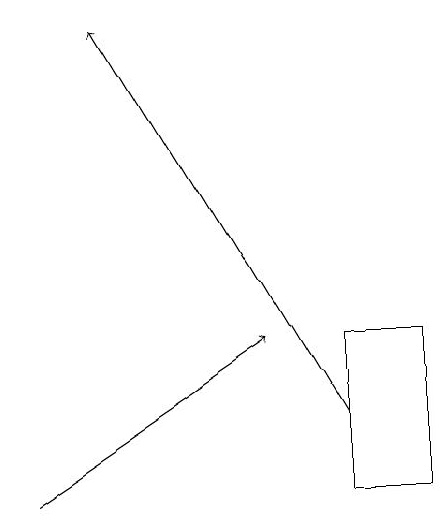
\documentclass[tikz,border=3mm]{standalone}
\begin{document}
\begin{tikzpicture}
\draw (4,13) rectangle (5,11);
\draw[->] (4,12) -- (1,17);
\draw[->] (0,11) -- (3,13);
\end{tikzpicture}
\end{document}